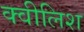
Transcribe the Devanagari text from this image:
क्वीलिश